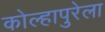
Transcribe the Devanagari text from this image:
कोल्हापुरेला